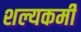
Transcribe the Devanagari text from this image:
शल्यकर्मी